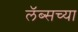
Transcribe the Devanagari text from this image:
लॅब्सच्या